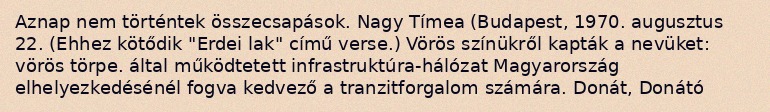
Aznap nem történtek összecsapások. Nagy Tímea (Budapest, 1970. augusztus 22. (Ehhez kötődik "Erdei lak" című verse.) Vörös színükről kapták a nevüket: vörös törpe. által működtetett infrastruktúra-hálózat Magyarország elhelyezkedésénél fogva kedvező a tranzitforgalom számára. Donát, Donátó